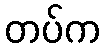
တပ်က